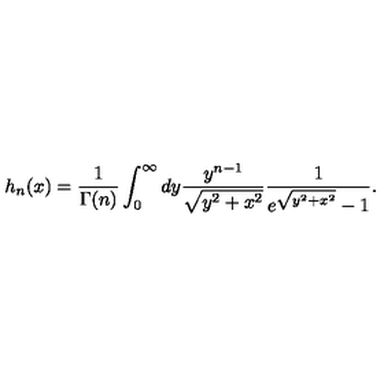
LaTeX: h _ { n } ( x ) = \frac { 1 } { \Gamma ( n ) } \int _ { 0 } ^ { \infty } d y \frac { y ^ { n - 1 } } { \sqrt { y ^ { 2 } + x ^ { 2 } } } \frac { 1 } { e ^ { \sqrt { y ^ { 2 } + x ^ { 2 } } } - 1 } .